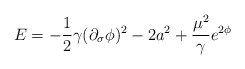
\begin{align*}E = -\frac{1}2{\gamma}(\partial_{\sigma}\phi)^2 -2 a^2 +\frac{\mu^2}{\gamma}e^{2\phi}\end{align*}